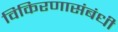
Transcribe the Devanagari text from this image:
विकिरणासंबंधी